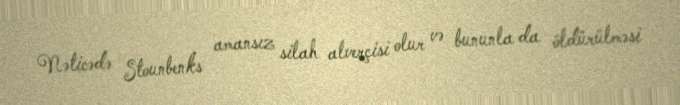
Nəticədə Stounbenks amansız silah alverçisi olur və bununla da öldürülməsi